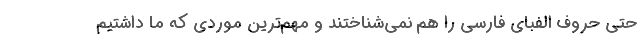
حتی حروف الفبای فارسی را هم نمی‌شناختند و مهم‌ترین موردی که ما داشتیم